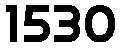
1530